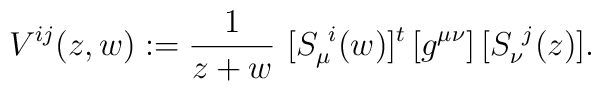
V^{ij}(z,w) := {1\over z+w}\ [S_\mu^{\ i}(w)]^t\,[g^{\mu\nu}]\,[S_\nu^{\ j}(z)] .